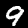
Label: 9